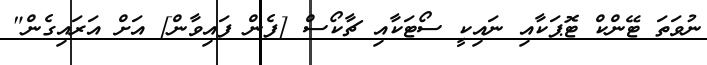
ނުވަތަ ޓޭންކް ޓޮޕަކާއި ނައިކީ ސޯޓަކާއި ޗާކޯސް [ފެން ފައިވާން] އަށް އަރައިގެން"